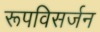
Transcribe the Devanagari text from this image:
रूपविसर्जन